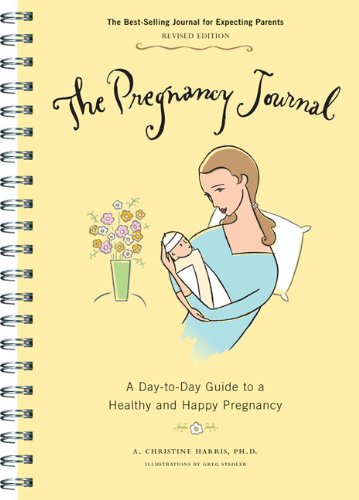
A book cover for The Pregnancy Journal: A Day-to-Day Guide to a Healthy and Happy Pregnancy; A. Christine Harris; Parenting & Relationships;